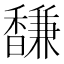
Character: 馦